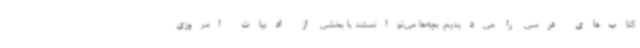
کتاب‌های درسی را می‌دیدیم. بچه‌ها می‌توانستند با بخشی از ادبیات امروزی